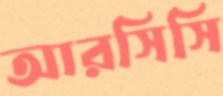
আরসিসি